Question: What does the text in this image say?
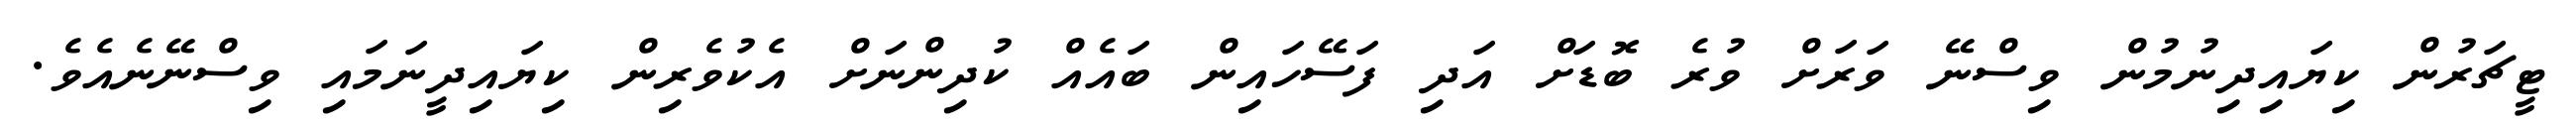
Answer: ޓީޗަރުން ކިޔައިދިނުމުން ވިސްނޭ ވަރަށް ވުރެ ބޮޑަށް އަދި ފަސޭހައިން ބައެއް ކުދިންނަށް އެކުވެރިން ކިޔައިދީނަމައި ވިސްނޭނެއެވެ.